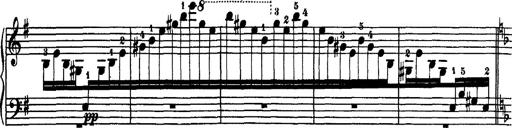
Title: Hungarian Rhapsody No.7
Composer: Franz Liszt
Key: D minor